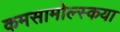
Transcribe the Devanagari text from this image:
कमसामोल्स्कया